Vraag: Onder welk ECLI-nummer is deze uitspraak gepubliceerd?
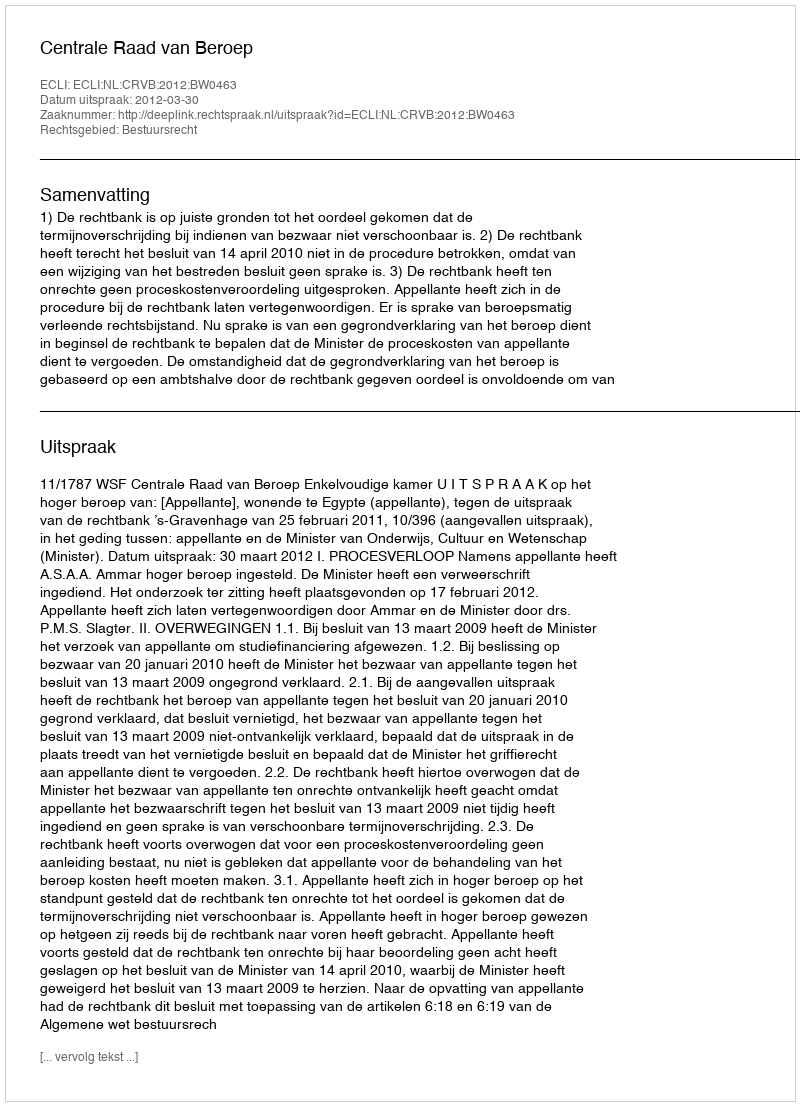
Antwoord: ECLI:NL:CRVB:2012:BW0463